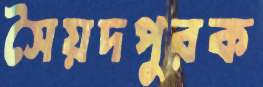
সৈয়দপুরক